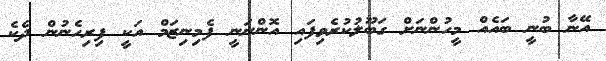
އޭނާ ބުނީ ބައެއް މީހުންނަށް ގަބޫލުކުރެވިފައި އޮންނަނީ ފެމިނިޒަމް އަކީ ފިރިހެނުން ދެކެ